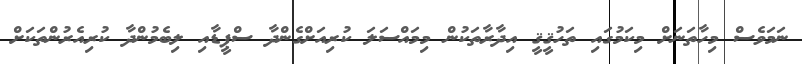
ނަމަވެސް މިހާތަނަށް މިކަމުގައި ތަހުޤީޤީ އިދާރާތަކުން މިމައްސަލަ ކުރިއަށްގެންދާ ސްޕީޑާއި ލިބެމުންދާ ކުރިއެރުންތަކަށް